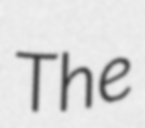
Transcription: The